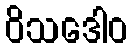
ဝိသဒေါဝ